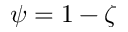
\psi = 1 - \zeta